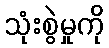
သုံးစွဲမှုကို